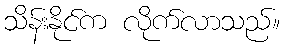
သိန်းနိုင်က လိုက်လာသည်။